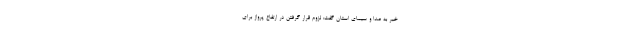
خبر به صدا و سیمای استان گفت: لزوم قرار گرفتن در ارتفاع پرواز برای